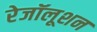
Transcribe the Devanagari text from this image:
रेजॉलूशन